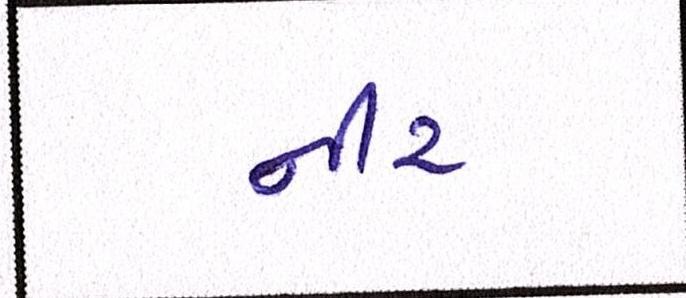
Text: નીર